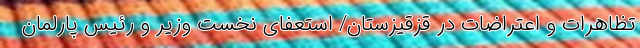
تظاهرات و اعتراضات در قزقیزستان/ استعفای نخست وزیر و رئیس پارلمان